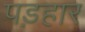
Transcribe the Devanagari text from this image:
पड़हार